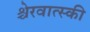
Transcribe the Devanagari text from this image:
श्चेरवात्स्की